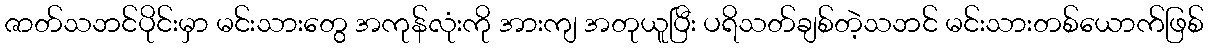
ဇာတ်သဘင်ပိုင်းမှာ မင်းသားတွေ အကုန်လုံးကို အားကျ အတုယူပြီး ပရိသတ်ချစ်တဲ့သဘင် မင်းသားတစ်ယောက်ဖြစ်